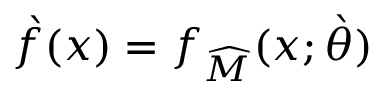
\grave { f } ( x ) = f _ { \widehat { M } } ( x ; \grave { \theta } )